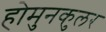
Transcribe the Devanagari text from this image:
होमुनकुलर